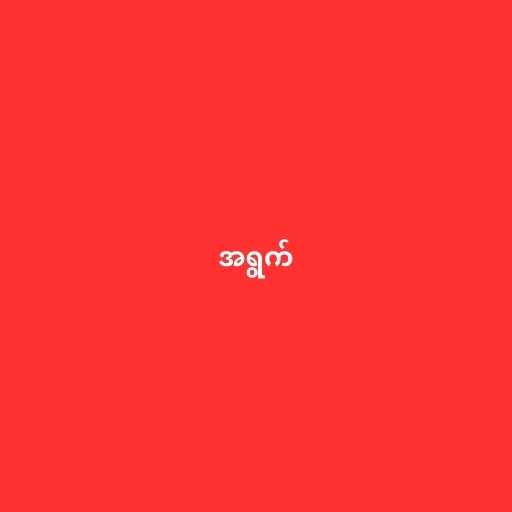
အရွက်